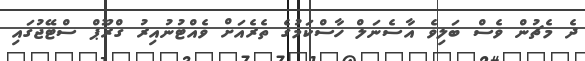
ދެ މެޗުން ވެސް ބަލިވެ އާސެނަލް ހާސްކަމުގެ ތެރެއަށް ވެއްޓުނުއިރު ގްރޫޕް ސްޓޭޖުގައި